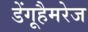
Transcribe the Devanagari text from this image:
डेंगूहैमरेज